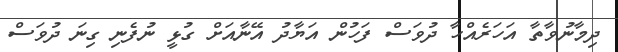
ދިމާނުވާތާ އަހަރެއްހާ ދުވަސް ފަހުން އަޔާދު އޭނާއަށް ގުޅީ ނުފެނި ގިނަ ދުވަސް